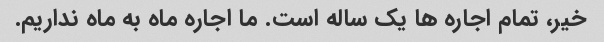
خیر، تمام اجاره ها یک ساله است. ما اجاره ماه به ماه نداریم.